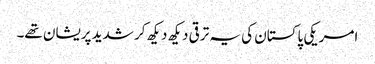
امریکی پاکستان کی یہ ترقی دیکھ دیکھ کر شدید پریشان تھے۔